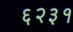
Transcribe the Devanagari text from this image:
६२३१